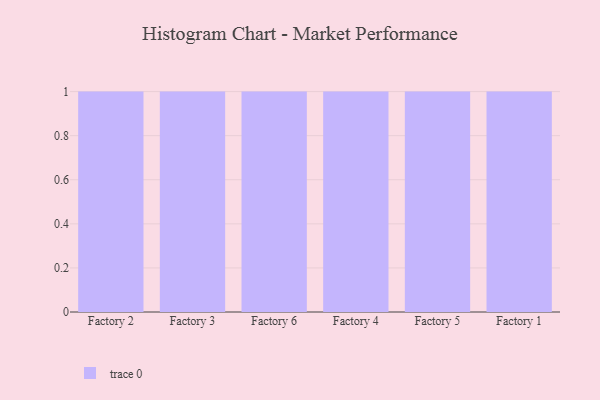
{"axis": {"x": "Factory", "y": "Active Users"}, "legend": [""], "data": [{"x": "Factory 2", "y": 31, "type": ""}, {"x": "Factory 3", "y": 38, "type": ""}, {"x": "Factory 6", "y": 8, "type": ""}, {"x": "Factory 4", "y": 90, "type": ""}, {"x": "Factory 5", "y": 23, "type": ""}, {"x": "Factory 1", "y": 31, "type": ""}]}